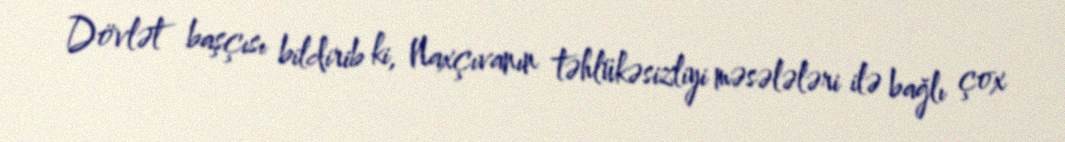
Dövlət başçısı bildirib ki, Naxçıvanın təhlükəsizliyi məsələləri ilə bağlı çox